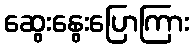
ဆွေးနွေးပြောကြား